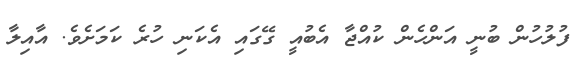
ފުލުހުން ބުނީ އަންހެން ކުއްޖާ އެބުއީ ގޭގައި އެކަނި ހުރެ ކަމަށެވެ. އާއިލާ